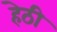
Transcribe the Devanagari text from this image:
हेठी